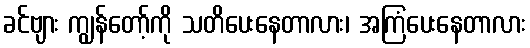
ခင်ဗျား ကျွန်တော့်ကို သတိပေးနေတာလား၊ အကြံပေးနေတာလား